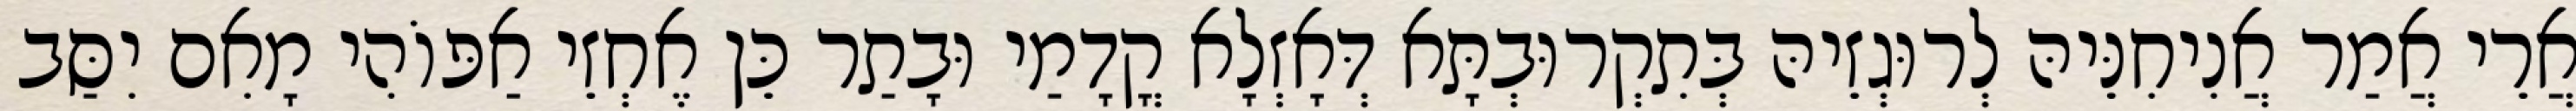
אֲרֵי אֲמַר אֲנִיחִנֵּיהּ לְרוּגְזֵיהּ בְּתִקְרוּבְתָּא דְּאָזְלָא קֳדָמַי וּבָתַר כֵּן אֶחְזֵי אַפּוֹהִי מָאִם יִסַּב